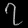
Digit: ၇